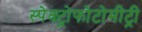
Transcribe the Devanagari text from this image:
स्पेक्ट्रोफोटोमीट्री